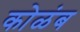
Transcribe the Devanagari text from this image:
कोळंब